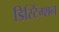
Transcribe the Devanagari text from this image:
डिस्टिंग्शन